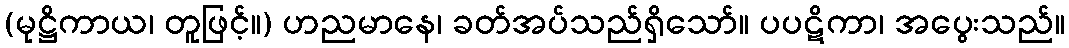
(မုဋ္ဌိကာယ၊ တူဖြင့်။) ဟညမာနေ၊ ခတ်အပ်သည်ရှိသော်။ ပပဋိကာ၊ အပွေးသည်။